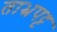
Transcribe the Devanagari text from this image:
ताभ्रपट्ट